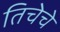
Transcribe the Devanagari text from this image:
तिचेचे